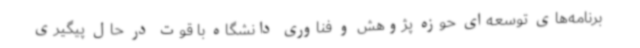
برنامه‌های توسعه‌ای حوزه پژوهش و فناوری دانشگاه با قوت در حال پیگیری